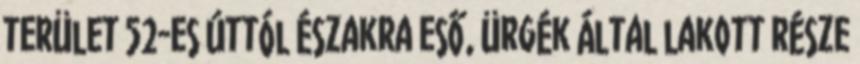
terület 52-es úttól északra eső, ürgék által lakott része